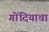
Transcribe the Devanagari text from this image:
गोंदियाचा